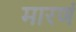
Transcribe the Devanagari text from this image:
मारणं